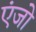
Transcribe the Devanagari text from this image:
एंजो